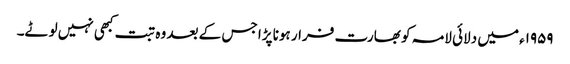
۱۹۵۹ء میں دلائی لامہ کو بھارت فرار ہونا پڑا جس کے بعد وہ تبت کبھی نہیں لوٹے۔